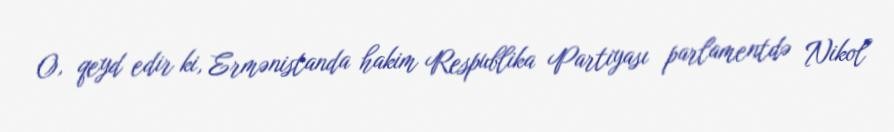
O, qeyd edir ki, Ermənistanda hakim Respublika Partiyası parlamentdə Nikol